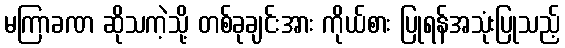
မကြာခဏ ဆိုသကဲ့သို့ တစ်ခုချင်းအား ကိုယ်စား ပြုရန်အသုံးပြုသည့်